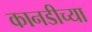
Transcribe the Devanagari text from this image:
कानडीच्या